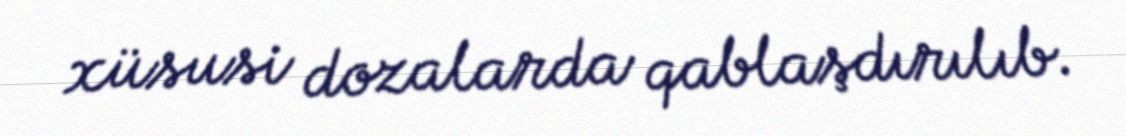
xüsusi dozalarda qablaşdırılıb.